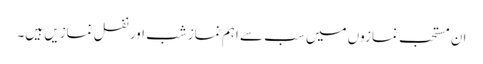
ان مستحب نمازوں میں سب سے اہم نماز شب اور نفل نمازیں ہیں۔